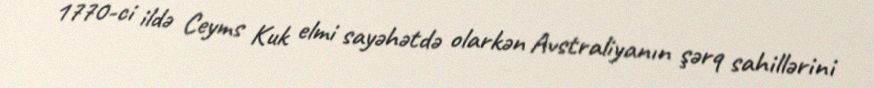
1770-ci ildə Ceyms Kuk elmi sayəhətdə olarkən Avstraliyanın şərq sahillərini